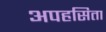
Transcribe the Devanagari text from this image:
अपहसिता